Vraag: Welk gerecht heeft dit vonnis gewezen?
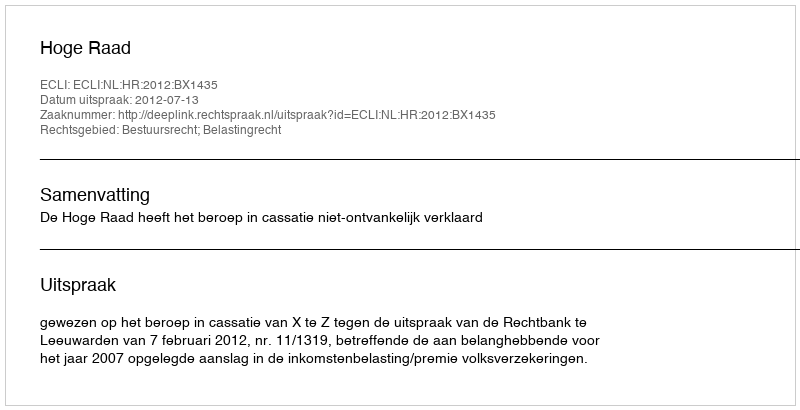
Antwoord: Hoge Raad